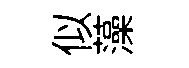
似藻